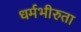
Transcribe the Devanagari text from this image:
धर्मभीरुता